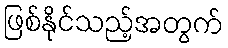
ဖြစ်နိုင်သည့်အတွက်